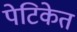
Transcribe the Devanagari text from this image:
पेटिकेत